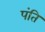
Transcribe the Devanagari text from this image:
पंति